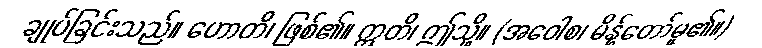
ချုပ်ခြင်းသည်။ ဟောတိ၊ ဖြစ်၏။ ဣတိ၊ ဤသို့။ (အဝေါစ၊ မိန့်တော်မူ၏။)